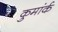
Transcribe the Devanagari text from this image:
कुमांर्क